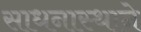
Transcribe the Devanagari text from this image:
साधनास्थाने